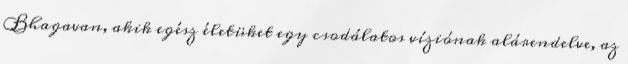
Bhagavan, akik egész életüket egy csodálatos víziónak alárendelve, az